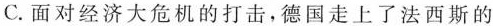
C.面对经济大危机的打击，德国走上了法西斯的